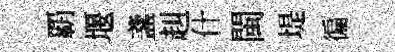
覇堰盞赳什閩堤徧